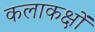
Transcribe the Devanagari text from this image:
कलाकक्षों